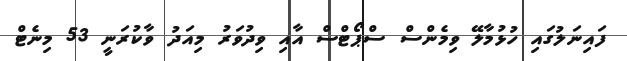
ފައިނަލުގައި ހުޅުމާލޭ ވިމެންސް ސްޕޯޓްސް އާއި ވިދުވަރު މިއަދު ވާކުރަނީ 53 މިނެޓް